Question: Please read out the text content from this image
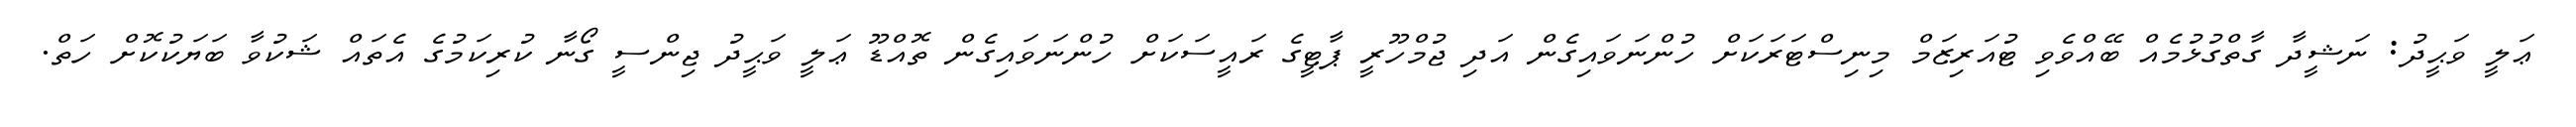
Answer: ޢަލީ ވަޙީދު: ނަޝީދާ ގާތްގުޅުމެއް ބޭއްވެވި ޓުއަރިޒަމް މިނިސްޓަރަކަށް ހުންނަވައިގެން އަދި ޖުމްހޫރީ ޕާޓީގެ ރައީސަކަށް ހުންނަވައިގެން ތޮއްޑޫ ޢަލީ ވަޙީދު ޖިންސީ ގޯނާ ކުރިކަމުގެ އެތައް ޝަކުވާ ބަޔަކުކޮށް ހަތް.